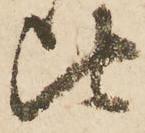
比